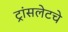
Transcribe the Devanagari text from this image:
ट्रांसलेटचे